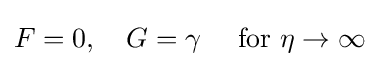
F=0,\quad G=\gamma \quad {\text{  for  }}\eta \rightarrow \infty